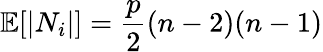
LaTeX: \mathbb{E}[|N_{i}|]=\frac{p}{2}(n-2)(n-1)